Statistical return of the lunatic asylum in Assam - 1912-1932
Year: 1912
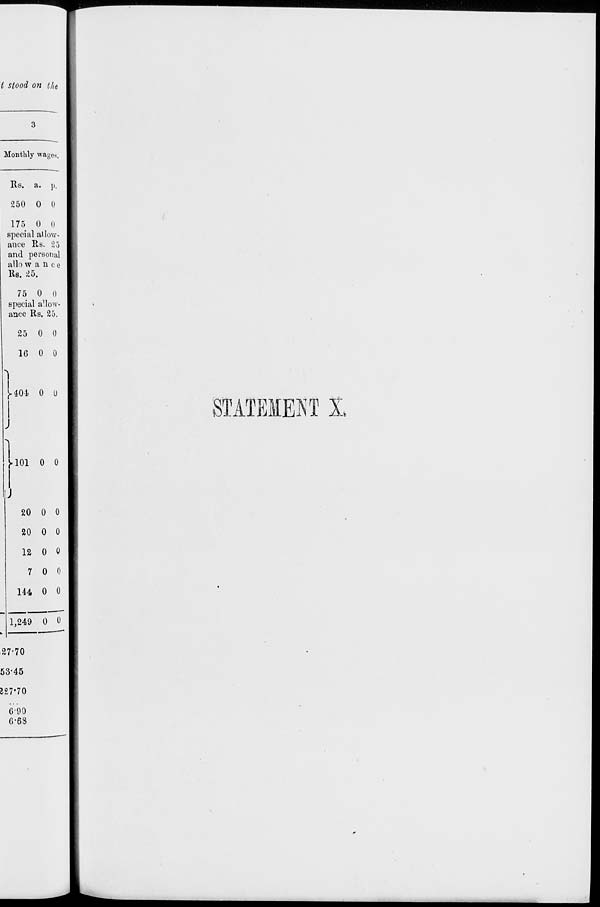
t stood on lh e
Monthly wages.
Its. a. ]).
250 0 0
175 0 I)
special allow-
ance Rs. 25
and personal
allo w a n c e
Us. 25.
75 0 0
special allow-
ance lls. 25.
25 0 0
10 0 0
"I
y 404 o o
1
I
J-101 0 0
20 0 0
20 0 0
12 0 0
7 0 0
144 0 0
1,249 0 0
27-70
53-45
W70
STATEMENT 1
690
0-6S